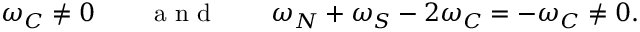
\omega _ { C } \neq 0 \qquad \textnormal { a n d } \qquad \omega _ { N } + \omega _ { S } - 2 \omega _ { C } = - \omega _ { C } \neq 0 .